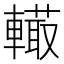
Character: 𨎮